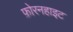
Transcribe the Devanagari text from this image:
फ़ोरनहाइट